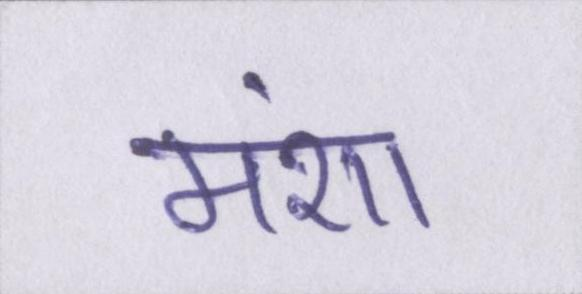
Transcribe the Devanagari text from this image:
मंशा